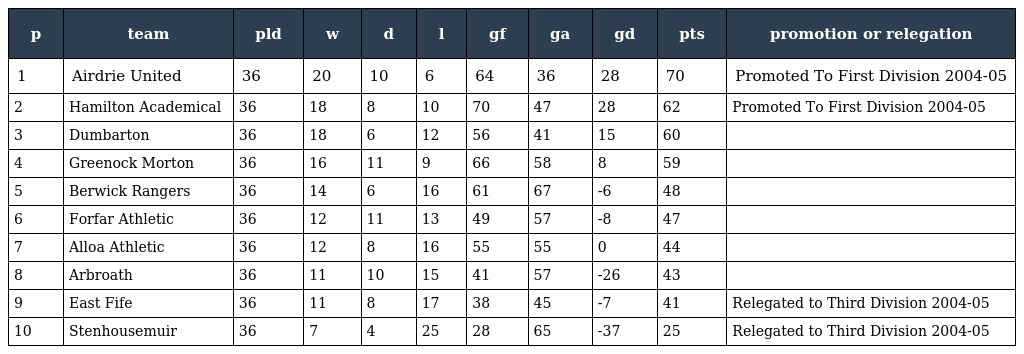
| p | team | pld | w | d | l | gf | ga | gd | pts | promotion or relegation |
 | --- | --- | --- | --- | --- | --- | --- | --- | --- | --- | --- |
 | 1 | Airdrie United | 36 | 20 | 10 | 6 | 64 | 36 | 28 | 70 | Promoted To First Division 2004-05 |
 | 2 | Hamilton Academical | 36 | 18 | 8 | 10 | 70 | 47 | 28 | 62 | Promoted To First Division 2004-05 |
 | 3 | Dumbarton | 36 | 18 | 6 | 12 | 56 | 41 | 15 | 60 |  |
 | 4 | Greenock Morton | 36 | 16 | 11 | 9 | 66 | 58 | 8 | 59 |  |
 | 5 | Berwick Rangers | 36 | 14 | 6 | 16 | 61 | 67 | -6 | 48 |  |
 | 6 | Forfar Athletic | 36 | 12 | 11 | 13 | 49 | 57 | -8 | 47 |  |
 | 7 | Alloa Athletic | 36 | 12 | 8 | 16 | 55 | 55 | 0 | 44 |  |
 | 8 | Arbroath | 36 | 11 | 10 | 15 | 41 | 57 | -26 | 43 |  |
 | 9 | East Fife | 36 | 11 | 8 | 17 | 38 | 45 | -7 | 41 | Relegated to Third Division 2004-05 |
 | 10 | Stenhousemuir | 36 | 7 | 4 | 25 | 28 | 65 | -37 | 25 | Relegated to Third Division 2004-05 |